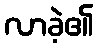
လာခဲ့၏